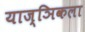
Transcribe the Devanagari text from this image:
याज्ञिकला